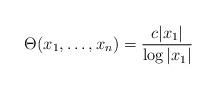
LaTeX: \begin{align*}\Theta (x_1, \dots, x_n)= \frac{c |x_1|}{\log |x_1|}\end{align*}